Senior Leaving Certificate Examination (including Day School Certificate (Higher) General paper), 1949
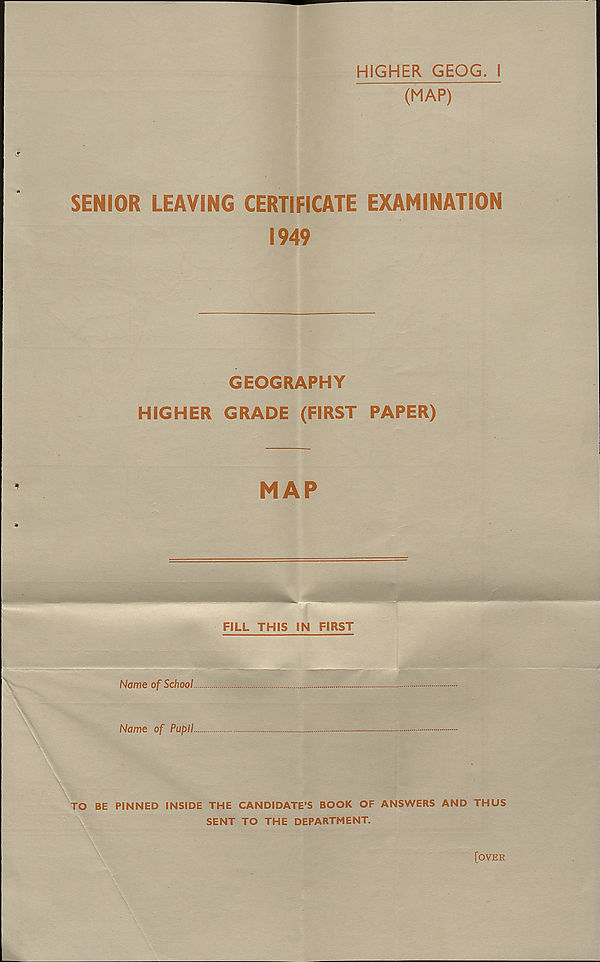
HIGHER GEOG. I
(MAP)
SENIOR LEAVING CERTIFICATE EXAMINATION
1949
GEOGRAPHY
HIGHER GRADE (FIRST PAPER)
MAP
FILL THIS IN FIRST
Name of School.
Name of Pupil.
TO BE PINNED INSIDE THE CANDIDATE’S BOOK OF ANSWERS AND THUS
SENT TO THE DEPARTMENT.
[OVER